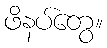
ဖိနပ်တွေ။